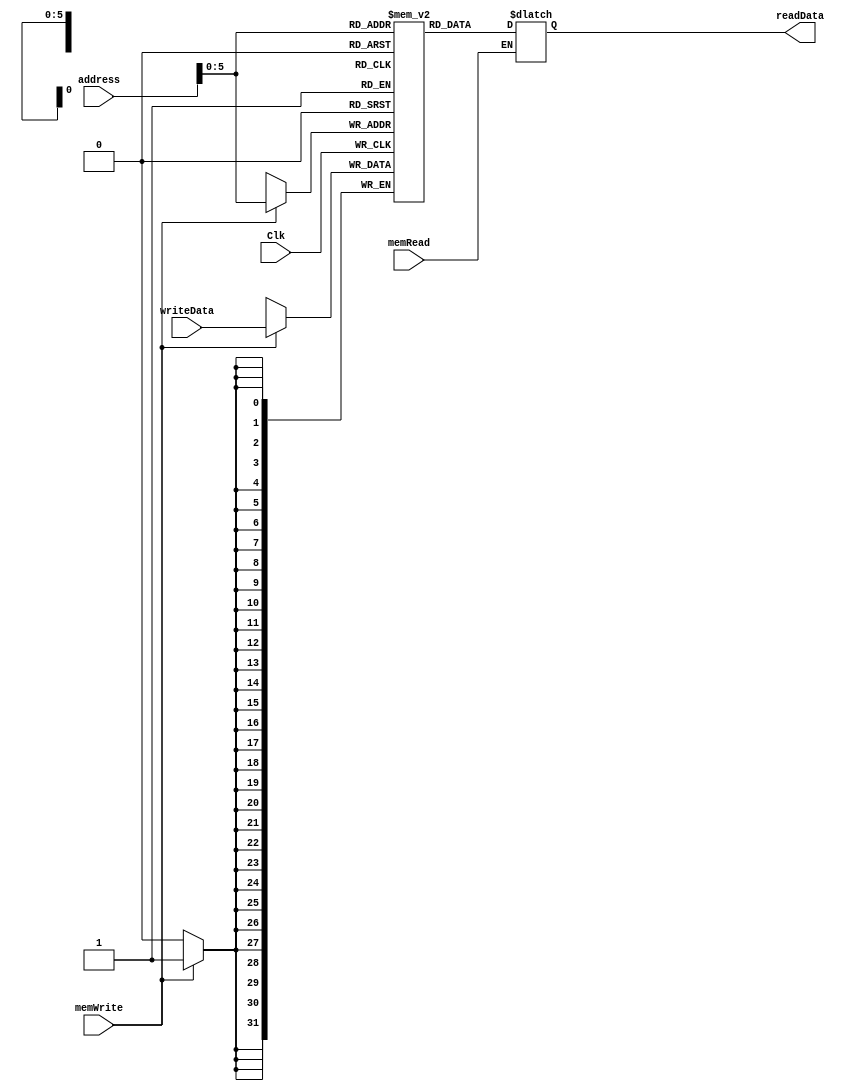
`timescale 1ns / 1ps
//////////////////////////////////////////////////////////////////////////////////
// Company: 
// Engineer: 
// 
// Design Name: 
// Module Name: dataMemory
// Project Name: 
// Target Devices: 
// Tool Versions: 
// Description: 
// 
// Dependencies: 
// 
// Revision:
// Revision 0.01 - File Created
// Additional Comments:
// 
//////////////////////////////////////////////////////////////////////////////////


module dataMemory(
    input Clk,
    
    input [31:0] address,
    input [31:0] writeData,
    input memWrite,
    input memRead,
    output reg [31:0] readData=0
    );
    
    reg [31:0] memFile [0:63];
    
    always @ (address or readData or memRead )
        begin
            if(memRead==1)
            begin
                readData=memFile[address];
            end
        end
        
     always @ (negedge Clk)
        begin
            if(memWrite==1)
            begin
                memFile[address]=writeData;
            end
        end   
    
    
    
endmodule